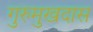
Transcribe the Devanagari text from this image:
गुरुमुखदास